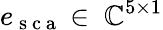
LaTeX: e_{\mathrm{~s~c~a~}}\in\ \mathbb{C}^{5\times 1}